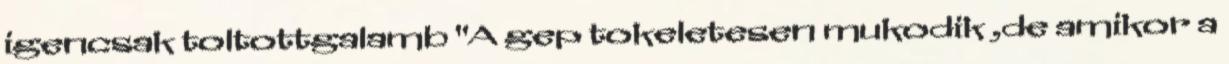
igencsak toltottgalamb "A gep tokeletesen mukodik ,de amikor a